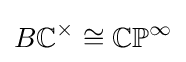
B\mathbb {C} ^{\times }\cong \mathbb {CP} ^{\infty }